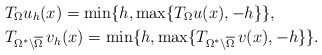
\begin{align*}&T_{\Omega}u_h(x)=\min\{h,\max\{T_{\Omega}u(x),-h\}\},\\&T_{\Omega^*\setminus\overline{\Omega}}\,v_h(x)=\min\{h,\max\{T_{\Omega^*\setminus\overline{\Omega}}\,v(x),-h\}\}.\end{align*}